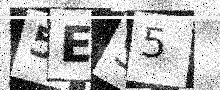
Text: 5ES5